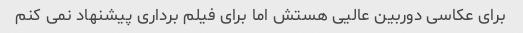
برای عکاسی دوربین عالیی هستش اما برای فیلم برداری پیشنهاد نمی کنم